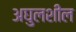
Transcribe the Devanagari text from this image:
अघुलशील